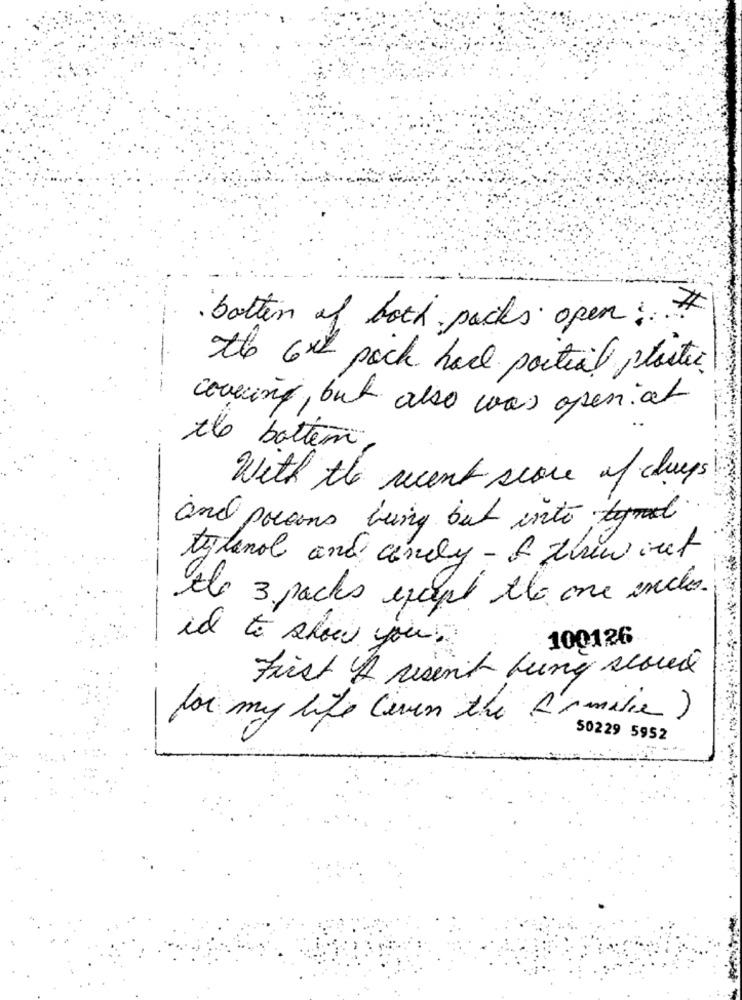
botten of both packs open : #
the 6x2 poch hace portal plastic
couring, but also was open at
the botten
With the recent score of chueps
and powers being but into tgrat
tylenol and candy- & them into
the 3 packs except the one inds.
id to show you?
100126
Frist A recent Lung scored
for my life (even the A'smilie )
50229 5952